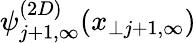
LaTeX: \psi_{j+1,\infty}^{(2D)}(x_{\perp j+1,\infty})